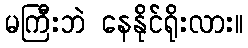
မကြီးဘဲ နေနိုင်ရိုးလား။